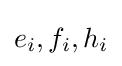
e_{i},f_{i},h_{i}